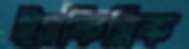
ইসকিমিক